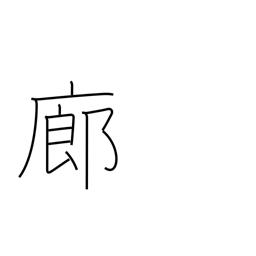
Meaning: corridor